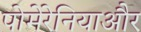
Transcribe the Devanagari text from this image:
पोमेरेनियाऔर